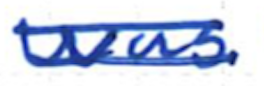
Text: was
Cross-out: mix
Writing tool: ballpoint